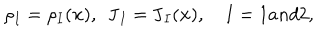
LaTeX: \rho _ { I } = \rho _ { I } ( \mathbf { x } ) , ~ ~ \mathbf { J } _ { I } = \mathbf { J } _ { I } ( \mathbf { x } ) , ~ I = 1 a n d 2 ,